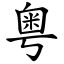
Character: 粤